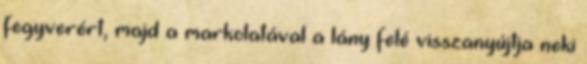
fegyverért, majd a markolatával a lány felé visszanyújtja neki